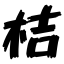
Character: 桔